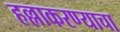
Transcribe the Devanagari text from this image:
हल्लाकरण्याचा